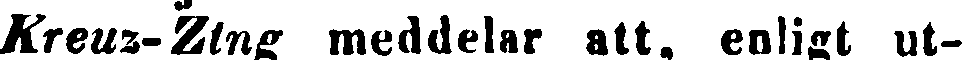
Kreuz-Zing meddelar att, enligt ut-